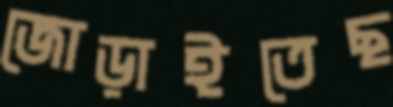
জোড়াইতেছ